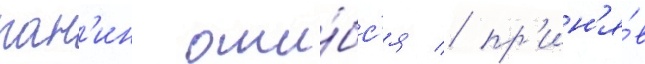
пан'ин оши́бс'я / пр'ин'я́в